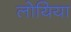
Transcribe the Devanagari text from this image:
लोयिया